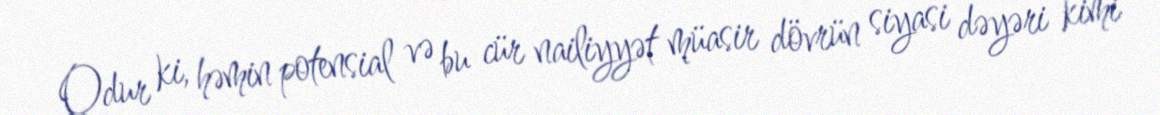
Odur ki, həmin potensial və bu cür nailiyyət müasir dövrün siyasi dəyəri kimi